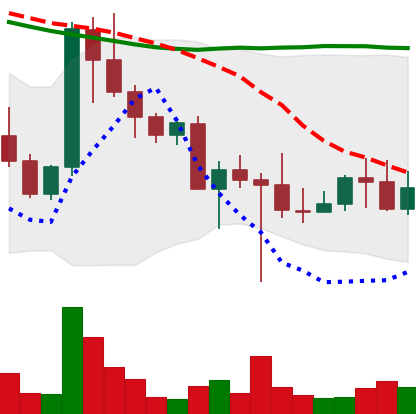
Ticker: DOGE-USD
Chart end date: 2022-10-20
Forward return: 5.62%
Label: up_5_7